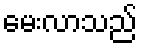
မေးလာသည်